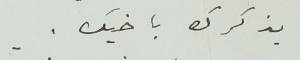
يذكرك باخيك.